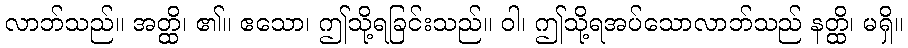
လာဘ်သည်။ အတ္ထိ၊ ၏။ ဧသော၊ ဤသို့ရခြင်းသည်။ ဝါ၊ ဤသို့ရအပ်သောလာဘ်သည် နတ္ထိ၊ မရှိ။